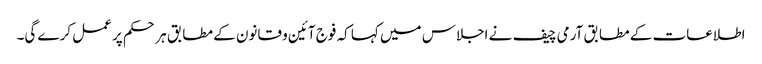
اطلاعات کے مطابق آرمی چیف نے اجلاس میں کہا کہ فوج آئین و قانون کے مطابق ہر حکم پر عمل کرے گی۔